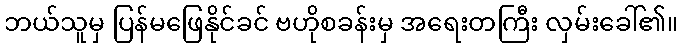
ဘယ်သူမှ ပြန်မဖြေနိုင်ခင် ဗဟိုစခန်းမှ အရေးတကြီး လှမ်းခေါ်၏။